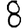
Digit: 8